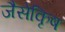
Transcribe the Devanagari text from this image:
जैसेकृिष